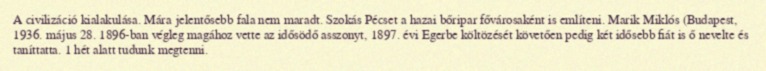
A civilizáció kialakulása. Mára jelentősebb fala nem maradt. Szokás Pécset a hazai bőripar fővárosaként is említeni. Marik Miklós (Budapest, 1936. május 28. 1896-ban végleg magához vette az idősödő asszonyt, 1897. évi Egerbe költözését követően pedig két idősebb fiát is ő nevelte és taníttatta. 1 hét alatt tudunk megtenni.